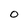
Character: O